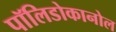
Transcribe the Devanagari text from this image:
पॉलिडोकानोल